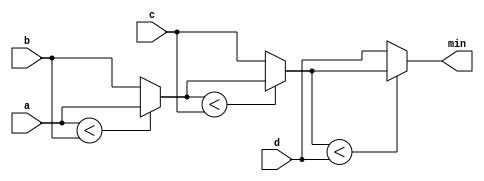
module top_module (
    input [7:0] a, b, c, d,
    output [7:0] min);
    
    reg[7:0] temp;
	
    always@(*) begin
        temp = (a<b)? a:b;
        temp = (temp<c)? temp:c;
        temp = (temp<d)? temp:d;
        min = temp;
    end
       
    // assign intermediate_result1 = compare? true: false;

endmodule